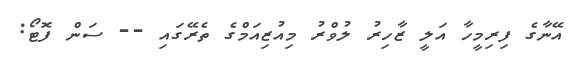
އޭނާގެ ފިރިމީހާ އަލީ ޒާހިރު ލުވްރު މިއުޒިއަމްގެ ތެރޭގައި -- ސަން ފޮޓޯ: